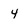
Character: 4